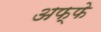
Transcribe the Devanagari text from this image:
अफ्फे